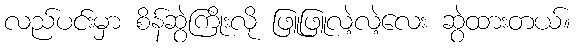
လည်ပင်းမှာ စိန်ဆွဲကြိုးလို ဖြူဖြူလဲ့လဲ့လေး ဆွဲထားတယ်။